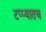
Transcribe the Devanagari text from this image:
टप्प्यातच